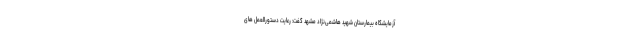
آزمایشگاه بیمارستان شهید هاشمی‌نژاد مشهد گفت: رعایت دستورالعمل های